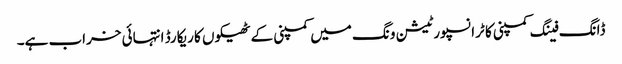
ڈانگ فینگ کمپنی کا ٹرانسپورٹیشن ونگ میں کمپنی کے ٹھیکوں کا ریکارڈ انتہائی خراب ہے۔